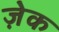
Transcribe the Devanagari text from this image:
ज़ेक